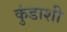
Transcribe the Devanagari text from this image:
कुंडाशी